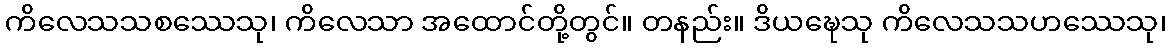
ကိလေသသစဿေသု၊ ကိလေသာ အထောင်တို့တွင်။ တနည်း။ ဒိယဍ္ဎေသု ကိလေသသဟဿေသု၊